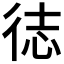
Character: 𪫍